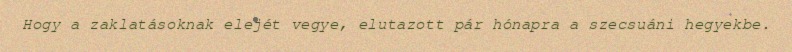
Hogy a zaklatásoknak elejét vegye, elutazott pár hónapra a szecsuáni hegyekbe.